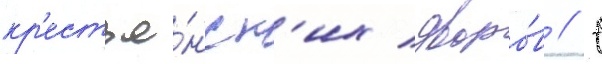
кр'естья́нск'их дворо́в // С